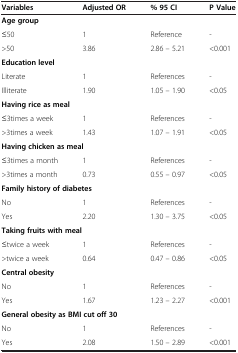
<table><thead><tr><td><b>Variables</b></td><td><b>Adjusted OR</b></td><td><b>% 95 CI</b></td><td><b>P Value</b></td></tr></thead><tbody><tr><td colspan="4"><b>Age group</b></td></tr><tr><td>≤50</td><td>1</td><td>Reference</td><td>-</td></tr><tr><td>&gt;50</td><td>3.86</td><td>2.86 – 5.21</td><td>&lt;0.001</td></tr><tr><td colspan="4"><b>Education level</b></td></tr><tr><td>Literate</td><td>1</td><td>References</td><td>-</td></tr><tr><td>Illiterate</td><td>1.90</td><td>1.05 – 1.90</td><td>&lt;0.05</td></tr><tr><td colspan="4"><b>Having rice as meal</b></td></tr><tr><td>≤3times a week</td><td>1</td><td>References</td><td>-</td></tr><tr><td>&gt;3times a week</td><td>1.43</td><td>1.07 – 1.91</td><td>&lt;0.05</td></tr><tr><td colspan="4"><b>Having chicken as meal</b></td></tr><tr><td>≤3times a month</td><td>1</td><td>References</td><td>-</td></tr><tr><td>&gt;3times a month</td><td>0.73</td><td>0.55 – 0.97</td><td>&lt;0.05</td></tr><tr><td colspan="4"><b>Family history of diabetes</b></td></tr><tr><td>No</td><td>1</td><td>References</td><td>-</td></tr><tr><td>Yes</td><td>2.20</td><td>1.30 – 3.75</td><td>&lt;0.05</td></tr><tr><td colspan="4"><b>Taking fruits with meal</b></td></tr><tr><td>≤twice a week</td><td>1</td><td>References</td><td>-</td></tr><tr><td>&gt;twice a week</td><td>0.64</td><td>0.47 – 0.86</td><td>&lt;0.05</td></tr><tr><td colspan="4"><b>Central obesity</b></td></tr><tr><td>No</td><td>1</td><td>References</td><td>-</td></tr><tr><td>Yes</td><td>1.67</td><td>1.23 – 2.27</td><td>&lt;0.001</td></tr><tr><td colspan="4"><b>General obesity as BMI cut off 30</b></td></tr><tr><td>No</td><td>1</td><td>References</td><td>-</td></tr><tr><td>Yes</td><td>2.08</td><td>1.50 – 2.89</td><td>&lt;0.001</td></tr></tbody></table>